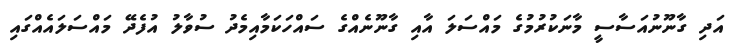
އަދި ގާނޫނުއަސާސީ މާނަކުރުމުގެ މައްސަލަ އާއި ގާނޫނެއްގެ ސައްހަކަމާއިމެދު ސުވާލު އުފެދޭ މައްސަލައެއްގައި